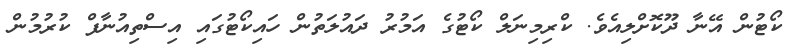
ކޯޓުން އޭނާ ދޫކޮށްލިއެވެ. ކްރިމިނަލް ކޯޓުގެ އަމުރު ދައުލަތުން ހައިކޯޓުގައި އިސްތިއުނާފް ކުރުމުން